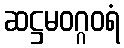
ဆဋ္ဌမဝဂ္ဂဝရံ